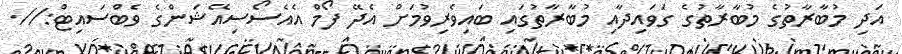
އަދި މުބާރާތުގެ މުބާރާތުގެ ގަވައިދާއި މުބާރާތުގައި ބައިވެރިވުމަށް އެދޭ ފޯމް އެއެސޯސިއޭޝަންގެ ވެބްސައިޓް://.